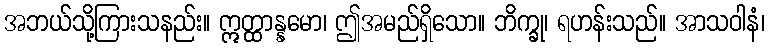
အဘယ်သို့ကြားသနည်း။ ဣတ္ထာန္နမော၊ ဤအမည်ရှိသော။ ဘိက္ခု၊ ရဟန်းသည်။ အာသဝါနံ၊